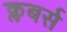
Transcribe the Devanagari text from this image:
क्लबर्स